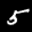
Label: 5